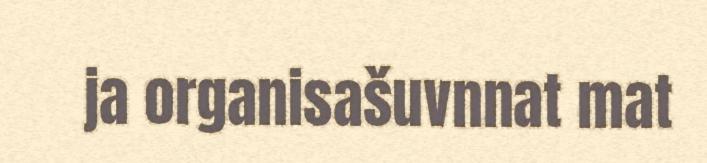
ja organisašuvnnat mat